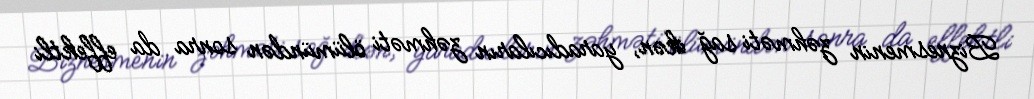
Biznesmenin zəhməti sağ ikən, yaradıcıların zəhməti ölümündən sonra da effektli